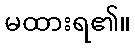
မထားရ၏။